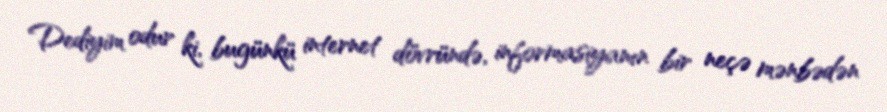
Dediyim odur ki, bugünkü internet dövründə, informasiyanın bir neçə mənbədən